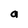
Character: a